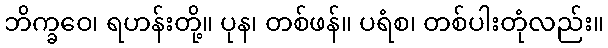
ဘိက္ခဝေ၊ ရဟန်းတို့။ ပုန၊ တစ်ဖန်။ ပရံစ၊ တစ်ပါးတုံလည်း။